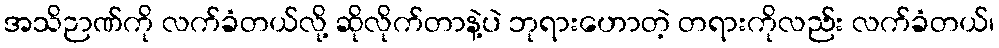
အသိဉာဏ်ကို လက်ခံတယ်လို့ ဆိုလိုက်တာနဲ့ပဲ ဘုရားဟောတဲ့ တရားကိုလည်း လက်ခံတယ်၊